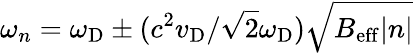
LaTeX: \omega_{n}=\omega_{\mathrm{D}}\pm(c^{2}v_{\mathrm{D}}/\sqrt{2}\omega_{\mathrm{D}})\sqrt{B_{\mathrm{eff}}\lvert n\rvert}